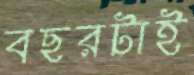
বছরটাই